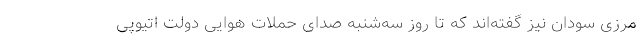
مرزی سودان نیز گفته‌اند که تا روز سه‌شنبه صدای حملات هوایی دولت اتیوپی